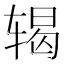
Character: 𬨍